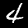
Label: 4